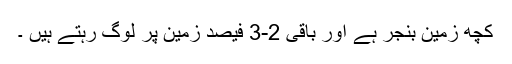
کچھ زمین بنجر ہے اور باقی 2-3 فیصد زمین پر لوگ رہتے ہیں ۔